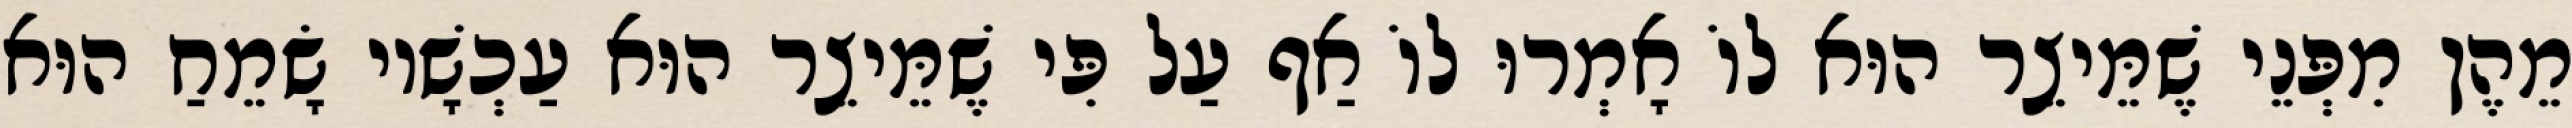
מֵהֶן מִפְּנֵי שֶׁמֵּיצֵר הוּא לוֹ אָמְרוּ לוֹ אַף עַל פִּי שֶׁמֵּיצֵר הוּא עַכְשָׁיו שָׂמֵחַ הוּא